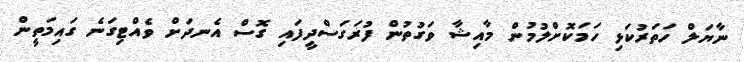
ނާޔަލް ހަތަރުކަޅި ހަމަކޮށްލުމުން މާއިޝާ ވަގުތުން ފުރަގަސްދީފައި ގޮސް އެނދަށް ވެއްޓިގަނެ ގައިމަތީން